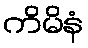
ကိမိနံ